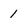
Character: 1